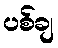
ပစ်ချ